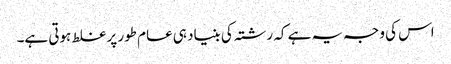
اس کی وجہ یہ ہے کہ رشتہ کی بنیاد ہی عام طور پر غلط ہوتی ہے۔